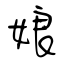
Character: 娘